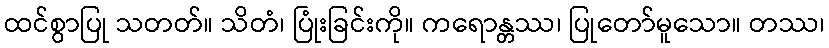
ထင်စွာပြု သတတ်။ သိတံ၊ ပြုံးခြင်းကို။ ကရောန္တဿ၊ ပြုတော်မူသော။ တဿ၊